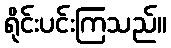
ရိုင်းပင်းကြသည်။